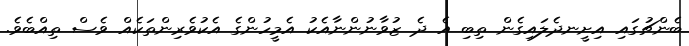
ބެންޗުގައި އިށީނދެލައިގެން ތިބި އެ ދެ ޒުވާނުންނާއެކު އެމީހުންގެ އެކުވެރިންތަކެއް ވެސް ތިއްބެވެ.